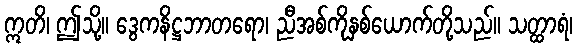
ဣတိ၊ ဤသို့။ ဒွေကနိဋ္ဌဘာတရော၊ ညီအစ်ကိုနှစ်ယောက်တို့သည်။ သတ္ထာရံ၊